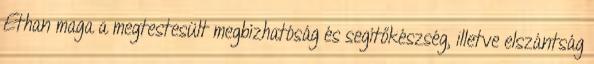
Ethan maga a megtestesült megbízhatóság és segítőkészség, illetve elszántság